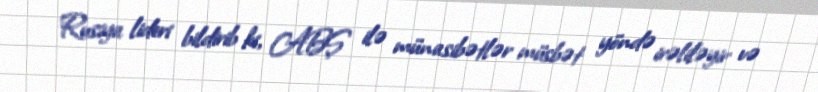
Rusiya lideri bildirib ki, ABŞ ilə münasibətlər müsbət yöndə irəliləyir və